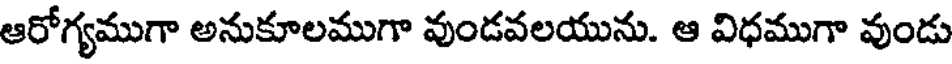
ఆరోగ్యముగా అనుకూలముగా వుండవలయును. ఆ విధముగా వుండు